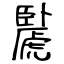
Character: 䖙